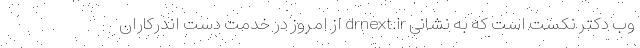
وب دکتر نکست است که به نشانی drnext.ir از امروز در خدمت دست اندرکاران